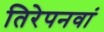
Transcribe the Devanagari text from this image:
तिरेपनवां